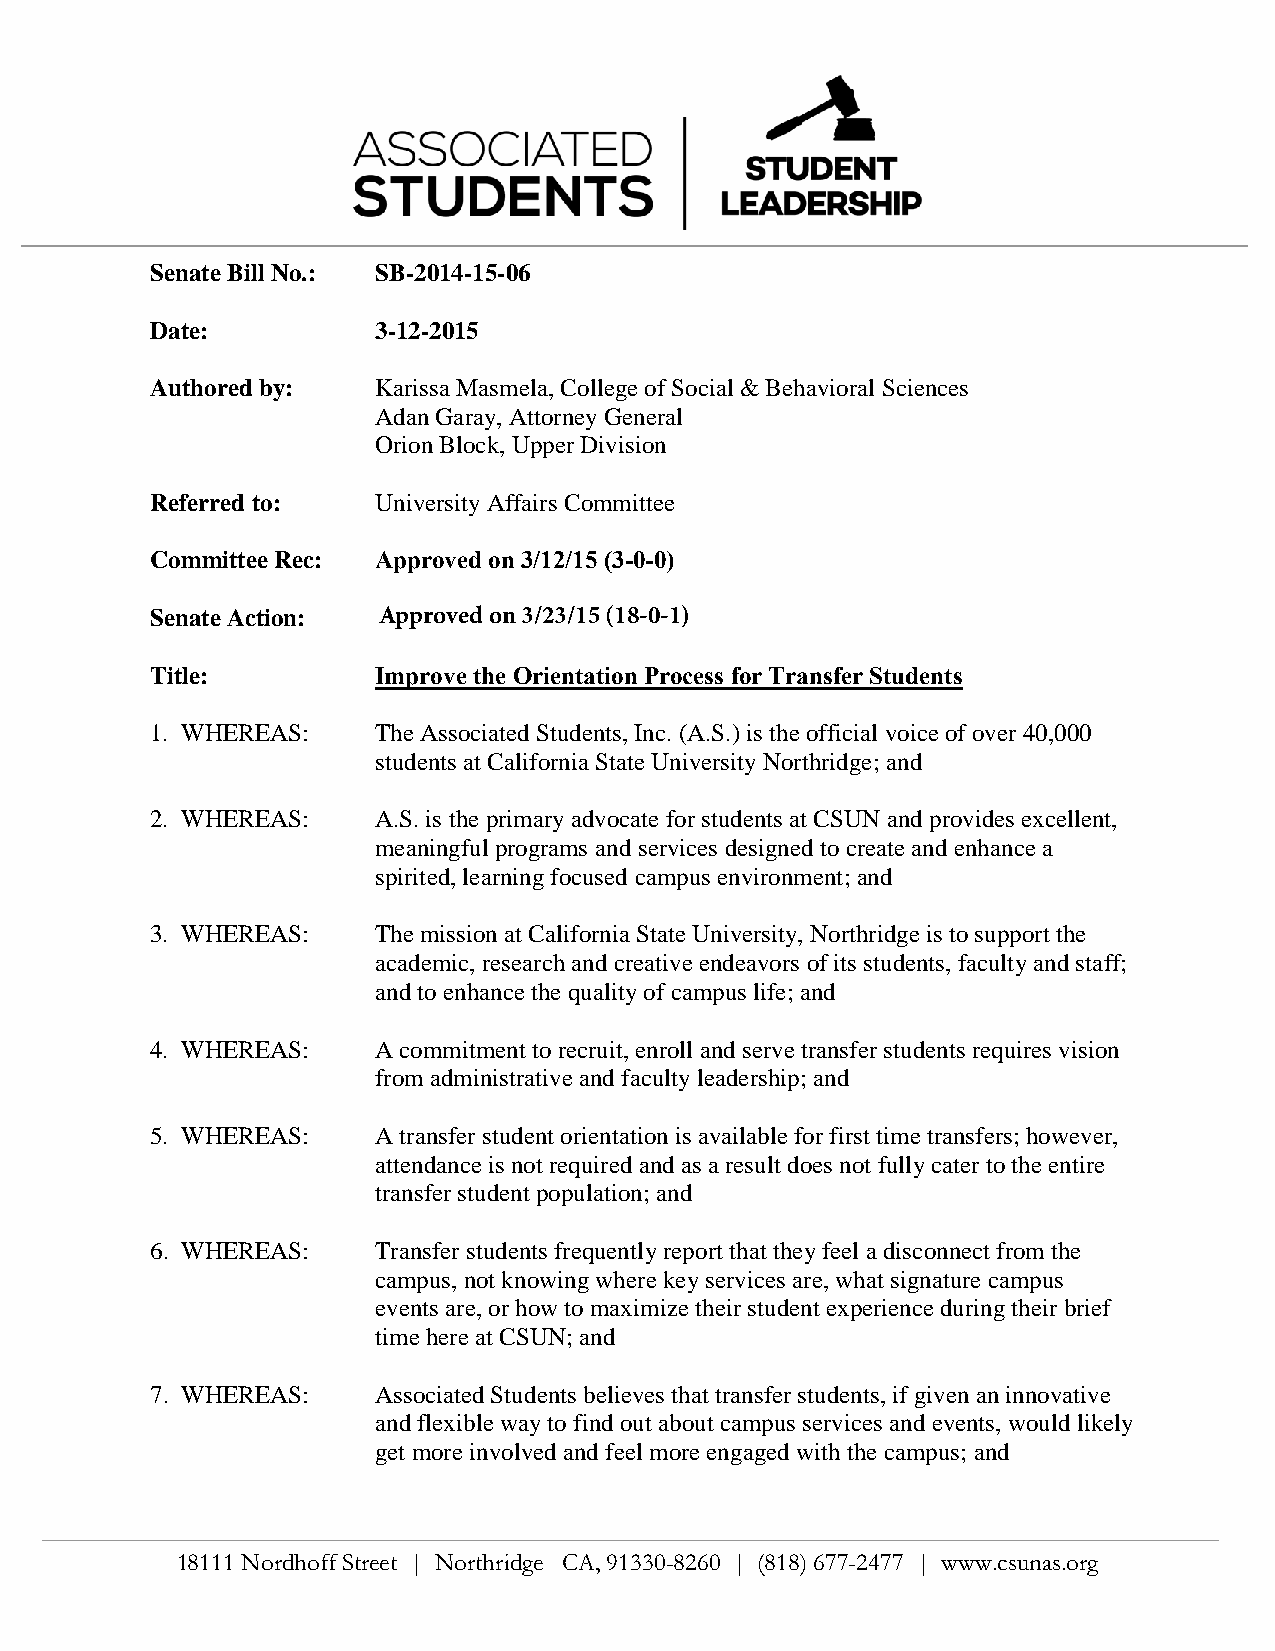
Senate Bill No.: SB-2014-15-06
 Date:          3-12-2015
 Authored by:   Karissa Masmela, College of Social & Behavioral Sciences
 Adan Garay, Attorney General
 Orion Block, Upper Division
 Referred to:   University Affairs Committee
 Committee Rec: Approved on 3/12/15 (3-0-0)
 Senate Action: Approved on 3/23/15 (18-0-1)
 Title:         Improve the Orientation Process for Transfer Students
 1. WHEREAS:    The Associated Students, Inc. (A.S.) is the official voice of over 40,000
 students at California State University Northridge; and
 2. WHEREAS:    A.S. is the primary advocate for students at CSUN and provides excellent,
 meaningful programs and services designed to create and enhance a
 spirited, learning focused campus environment; and
 3. WHEREAS:    The mission at California State University, Northridge is to support the
 academic, research and creative endeavors of its students, faculty and staff;
 and to enhance the quality of campus life; and
 4. WHEREAS:    A commitment to recruit, enroll and serve transfer students requires vision
 from administrative and faculty leadership; and
 5. WHEREAS:    A transfer student orientation is available for first time transfers; however,
 attendance is not required and as a result does not fully cater to the entire
 transfer student population; and
 6. WHEREAS:    Transfer students frequently report that they feel a disconnect from the
 campus, not knowing where key services are, what signature campus
 events are, or how to maximize their student experience during their brief
 time here at CSUN; and
 7. WHEREAS:    Associated Students believes that transfer students, if given an innovative
 and flexible way to find out about campus services and events, would likely
 get more involved and feel more engaged with the campus; and
 18111 Nordhoff Street | Northridge CA, 91330-8260 | (818) 677-2477 | www.csunas.org